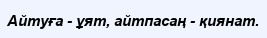
Айтуға - ұят, айтпасаң - қиянат.